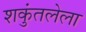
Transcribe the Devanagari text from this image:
शकुंतलेला